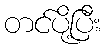
တင်ပို့ပြီး